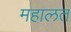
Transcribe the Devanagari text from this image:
महालत